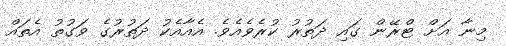
މިނާ އަށް ޓްރޭން ގައި ދަތުރު ކުރެވެއެވެ. އެއާއެކު ދަތުރުގެ ވަގުތު އެތައް